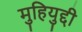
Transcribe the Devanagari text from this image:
मुहियुद्दी